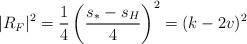
LaTeX: \begin{align*}|R_F|^2 = \frac14\left( \frac{s_* - s_H}{4} \right)^2 = (k-2v)^2\end{align*}